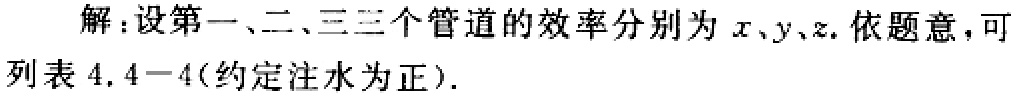
解：设第一、二、三三个管道的效率分别为 \(x、y、z\). 依题意，可列表 \(4.4 - 4\) (约定注水为正).